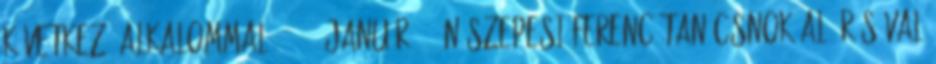
Következő alkalommal, 1843. január 16-án Szepesi Ferenc tanácsnok aláírásával